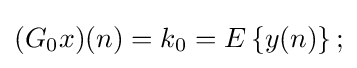
(G_{0}x)(n)=k_{0}=E\left\{y(n)\right\};